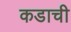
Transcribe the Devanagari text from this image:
कडाची